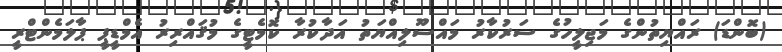
(ބޮންޑަ) ރައްޔިތުންގެ މަޖިލީހުގެ ސަރުކާރު މައްސޫލިއްޔަތު އަދާކުރާ ކޮމެޓީގެ މުޤައްރިރު އެމްޑީޕީ ޕާލަމެންޓްރީ